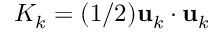
K _ { k } = ( 1 / 2 ) { \bf u } _ { k } \cdot { \bf u } _ { k }